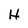
Character: H